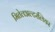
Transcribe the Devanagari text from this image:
मितेलअल्टरलिचर